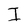
Character: I